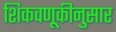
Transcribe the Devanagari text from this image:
शिकवणूकीनुसार